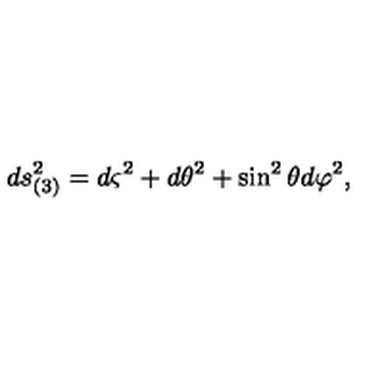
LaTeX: d s _ { ( 3 ) } ^ { 2 } = d \varsigma ^ { 2 } + d \theta ^ { 2 } + \sin ^ { 2 } \theta d \varphi ^ { 2 } ,